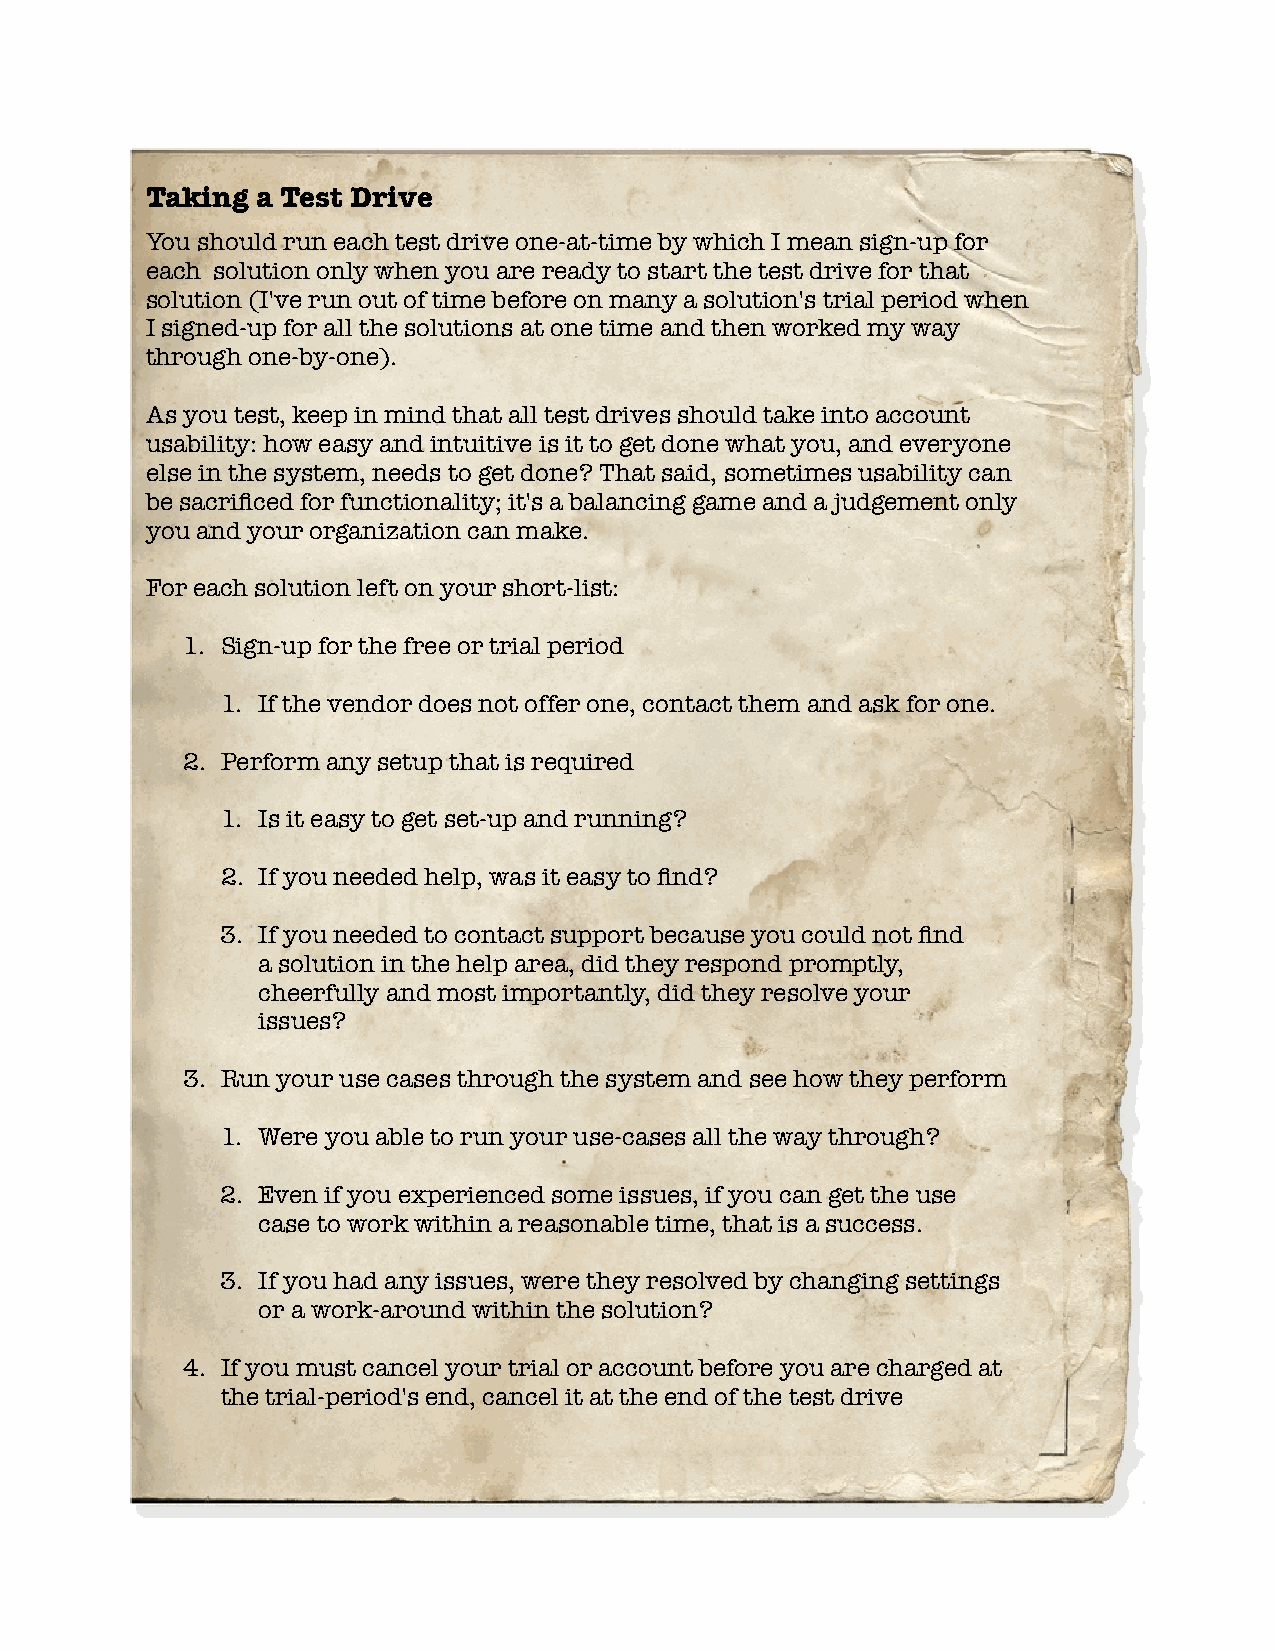
Taking a Test Drive
 You should run each test drive one-at-time by which I mean sign-up for
 each solution only when you are ready to start the test drive for that
 solution (I've run out of time before on many a solution's trial period when
 I signed-up for all the solutions at one time and then worked my way
 through one-by-one).
 As you test, keep in mind that all test drives should take into account
 usability: how easy and intuitive is it to get done what you, and everyone
 else in the system, needs to get done? That said, sometimes usability can
 be sacrifced for functionality; it's a balancing game and a judgement only
 you and your organization can make.
 For each solution left on your short-list:
 1. Sign-up for the free or trial period
 1. If the vendor does not offer one, contact them and ask for one.
 2. Perform any setup that is required
 1. Is it easy to get set-up and running?
 2. If you needed help, was it easy to fnd?
 3. If you needed to contact support because you could not fnd
 a solution in the help area, did they respond promptly,
 cheerfully and most importantly, did they resolve your
 issues?
 3. Run your use cases through the system and see how they perform
 1. Were you able to run your use-cases all the way through?
 2. Even if you experienced some issues, if you can get the use
 case to work within a reasonable time, that is a success.
 3. If you had any issues, were they resolved by changing settings
 or a work-around within the solution?
 4. If you must cancel your trial or account before you are charged at
 the trial-period's end, cancel it at the end of the test drive